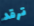
ترقد